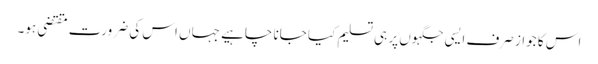
اس کا جواز صرف ایسی جگہوں پر ہی تسلیم کیا جانا چاہیے جہاں اس کی ضرورت مقتضی ہو۔